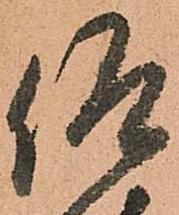
仰